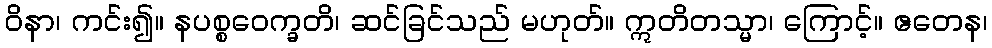
ဝိနာ၊ ကင်း၍။ နပစ္စဝေက္ခတိ၊ ဆင်ခြင်သည် မဟုတ်။ ဣတိတသ္မာ၊ ကြောင့်။ ဧတေန၊